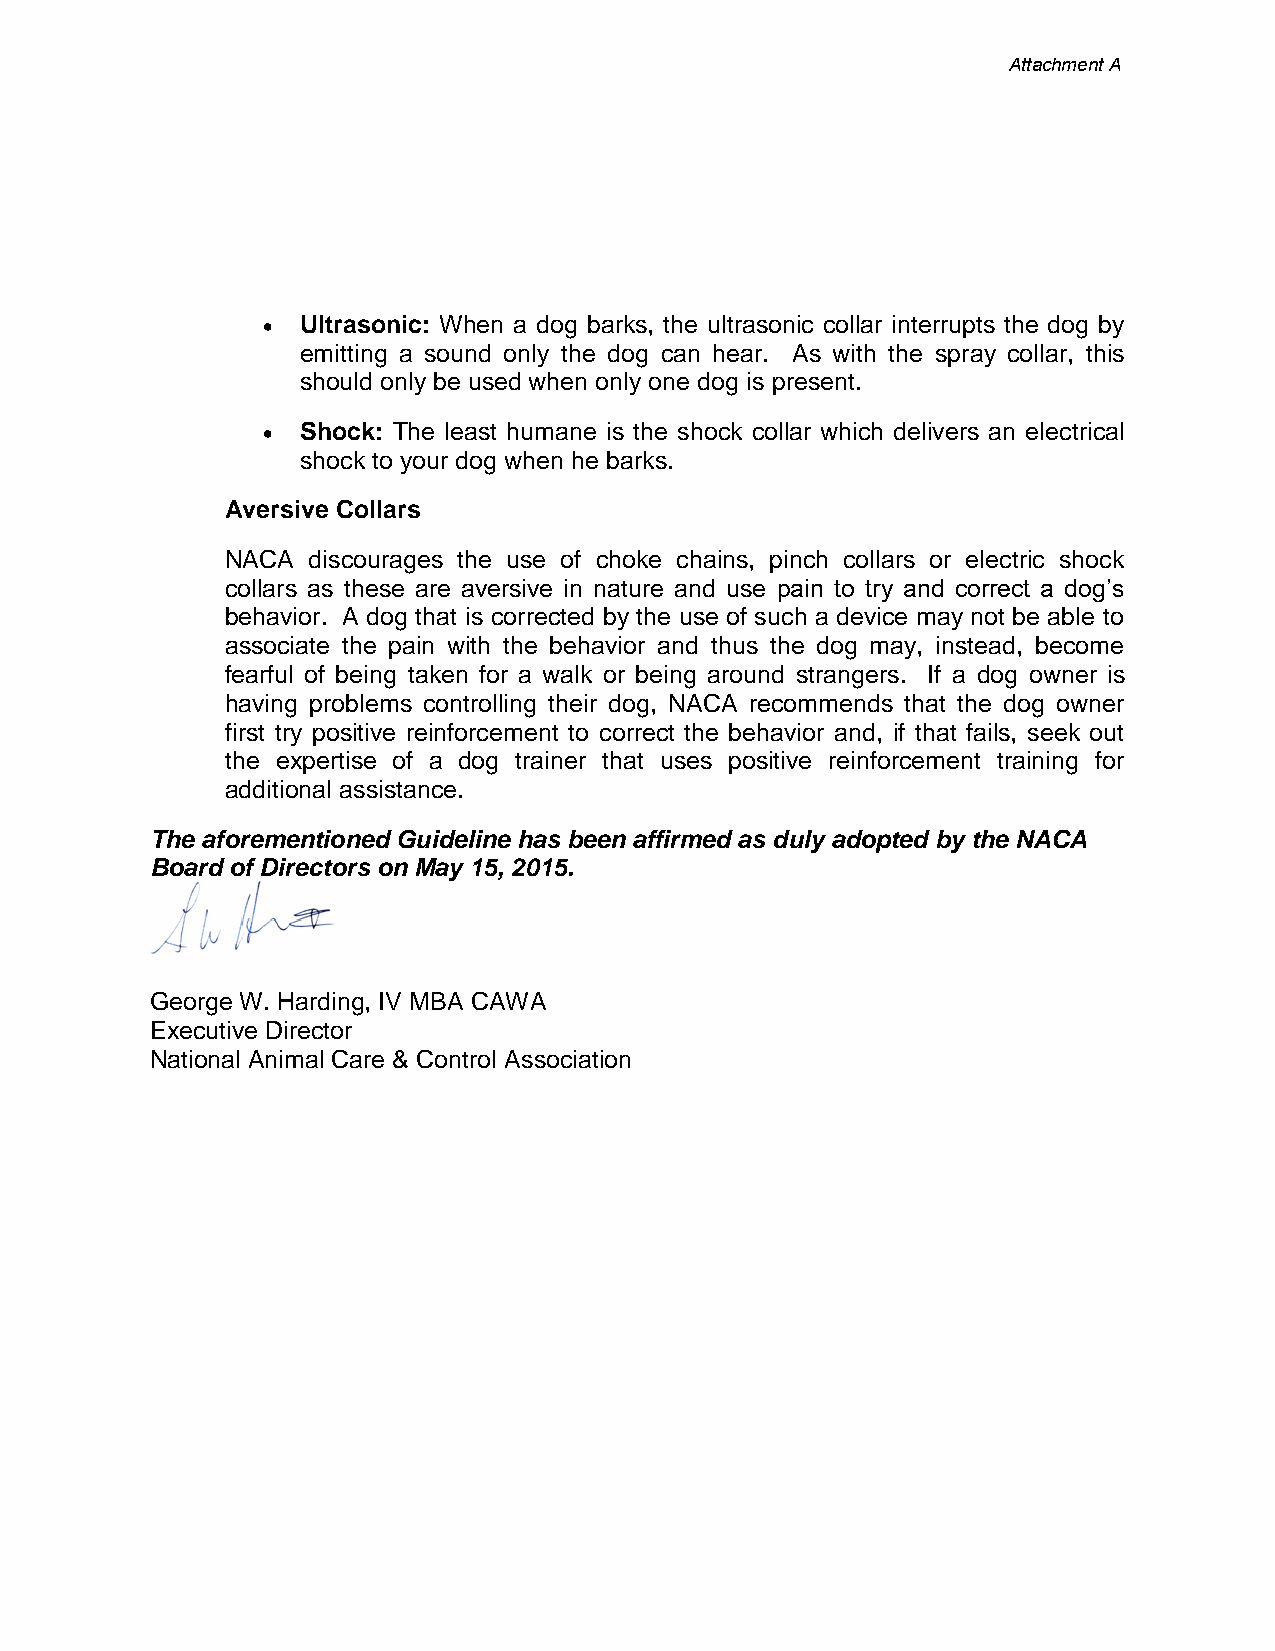
Attachment A
 •  Ultrasonic: When a dog barks, the ultrasonic collar interrupts the dog by
 emitting a sound only the dog can hear. As with the spray collar, this
 should only be used when only one dog is present.
 •  Shock: The least humane is the shock collar which delivers an electrical
 shock to your dog when he barks.
 Aversive Collars
 NACA discourages the use of choke chains, pinch collars or electric shock
 collars as these are aversive in nature and use pain to try and correct a dog’s
 behavior. A dog that is corrected by the use of such a device may not be able to
 associate the pain with the behavior and thus the dog may, instead, become
 fearful of being taken for a walk or being around strangers. If a dog owner is
 having problems controlling their dog, NACA recommends that the dog owner
 first try positive reinforcement to correct the behavior and, if that fails, seek out
 the expertise of a dog trainer that uses positive reinforcement training for
 additional assistance.
 The aforementioned Guideline has been affirmed as duly adopted by the NACA
 Board of Directors on May 15, 2015.
 George W. Harding, IV MBA CAWA
 Executive Director
 National Animal Care & Control Association